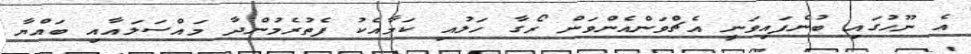
އެ ނޫހުގައި ބުނެފައިވަނީ އެޗްވަންއެންވަން ރޯގާ ހަލުއި ކަމާއެކު ފެތުރެމުންދާ މައްސަލައާއި ބައްޔާ